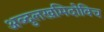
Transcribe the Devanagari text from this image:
अब्दुलखमिदोविच